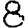
Digit: 8